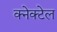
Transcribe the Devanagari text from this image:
क्नेक्टेल